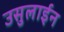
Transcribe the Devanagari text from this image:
उसुलाईन